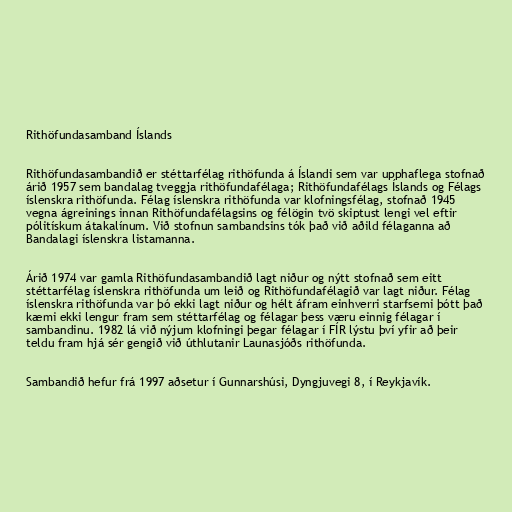
Rithöfundasamband Íslands

Rithöfundasambandið er stéttarfélag rithöfunda á Íslandi sem var upphaflega stofnað
árið 1957 sem bandalag tveggja rithöfundafélaga; Rithöfundafélags Íslands og Félags
íslenskra rithöfunda. Félag íslenskra rithöfunda var klofningsfélag, stofnað 1945
vegna ágreinings innan Rithöfundafélagsins og félögin tvö skiptust lengi vel eftir
pólitískum átakalínum. Við stofnun sambandsins tók það við aðild félaganna að
Bandalagi íslenskra listamanna.

Árið 1974 var gamla Rithöfundasambandið lagt niður og nýtt stofnað sem eitt
stéttarfélag íslenskra rithöfunda um leið og Rithöfundafélagið var lagt niður. Félag
íslenskra rithöfunda var þó ekki lagt niður og hélt áfram einhverri starfsemi þótt það
kæmi ekki lengur fram sem stéttarfélag og félagar þess væru einnig félagar í
sambandinu. 1982 lá við nýjum klofningi þegar félagar í FÍR lýstu því yfir að þeir
teldu fram hjá sér gengið við úthlutanir Launasjóðs rithöfunda.

Sambandið hefur frá 1997 aðsetur í Gunnarshúsi, Dyngjuvegi 8, í Reykjavík.